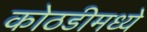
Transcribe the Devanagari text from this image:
कोठडीमध्ये